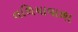
તળિયાવાળા